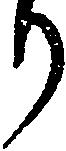
り